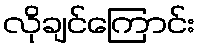
လိုချင်ကြောင်း